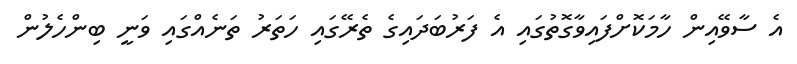
އެ ސާވޭއިން ހާމަކޮށްފައިވާގޮތުގައި އެ ފަރުބަދައިގެ ތެރޭގައި ހަތަރު ތަނެއްގައި ވަނީ ބިންހެލުން